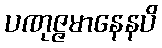
ပဏုဇ္ဇမာနေနပိ